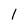
Character: l